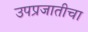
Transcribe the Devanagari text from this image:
उपप्रजातीचा